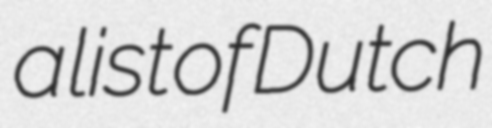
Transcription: a list of Dutch